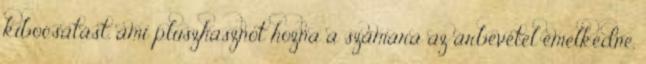
kibocsátást, ami pluszhasznot hozna a számára az árbevétel emelkedne,